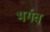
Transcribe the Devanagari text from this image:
भर्गव